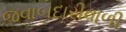
જવાબદારીવાળી